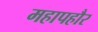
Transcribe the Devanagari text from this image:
महापहौर